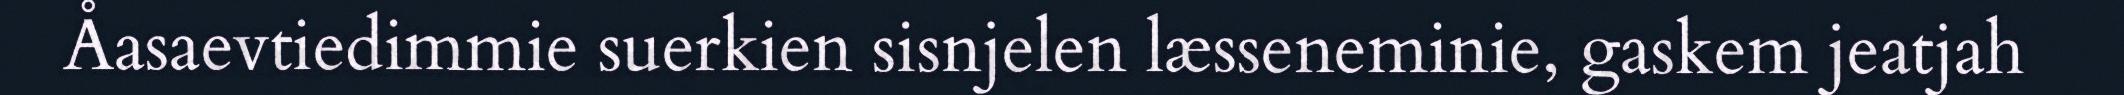
Åasaevtiedimmie suerkien sisnjelen læsseneminie, gaskem jeatjah